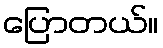
ပြောတယ်။